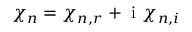
\chi _ { n } = \chi _ { n , r } + \mathrm { ~ i ~ } \chi _ { n , i }